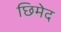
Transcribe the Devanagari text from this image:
छिमेद